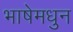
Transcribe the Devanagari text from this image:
भाषेमधुन